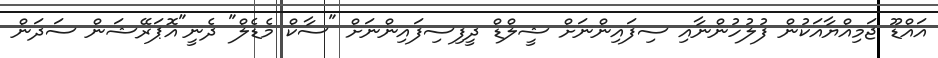
އައްޑޫ ޖަމިއްޔާއަކުން ފުލުހުންނާއި ސިފައިންނަށް ޝީލްޑް ދީފިސިފައިންނަށް "ސާކް މެޑެލް" ދެނީ"އޮޕަރޭޝަން ސަދަން